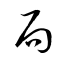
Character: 局